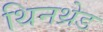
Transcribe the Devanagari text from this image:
थिनथ्रेड